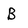
Character: B